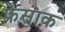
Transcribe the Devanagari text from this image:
फ्रेसाक